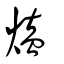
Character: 熆